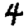
Digit: 4